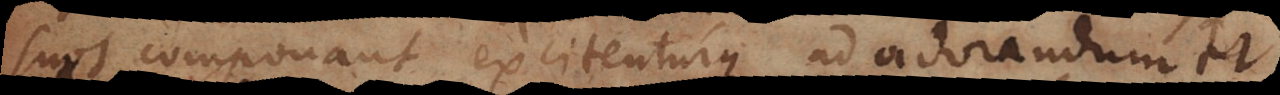
suos componant excitenturque ad adorandum et